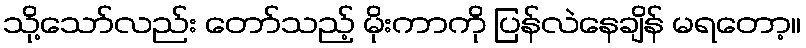
သို့သော်လည်း တော်သည့် မိုးကာကို ပြန်လဲနေချိန် မရတော့။